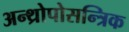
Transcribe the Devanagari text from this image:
अन्थ्रोपोसन्त्रिक